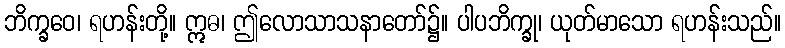
ဘိက္ခဝေ၊ ရဟန်းတို့။ ဣဓ၊ ဤလောသာသနာတော်၌။ ပါပဘိက္ခု၊ ယုတ်မာသော ရဟန်းသည်။